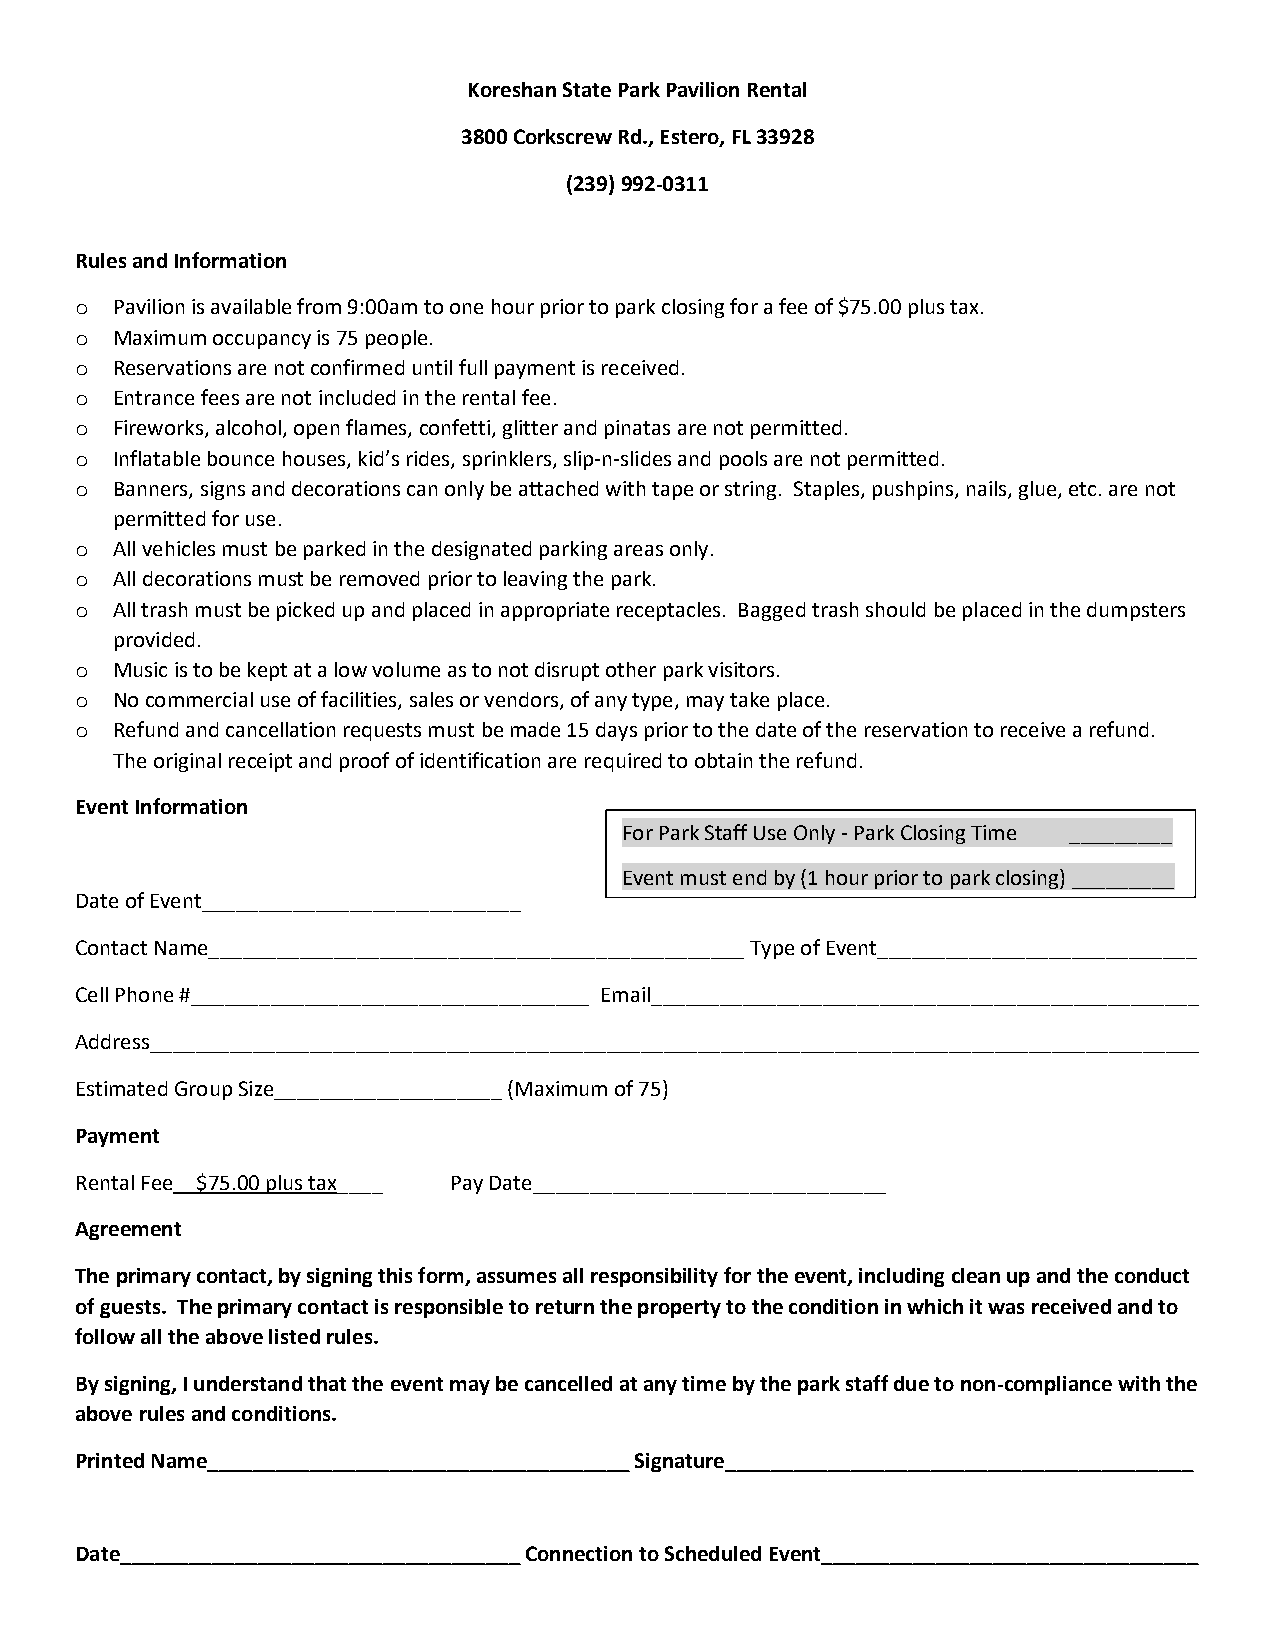
Koreshan State Park Pavilion Rental
 3800 Corkscrew Rd., Estero, FL 33928
 (239) 992-0311
 Rules and Information
 Pavilion is available from 9:00am to one hour prior to park closing for a fee of $75.00 plus tax.
 o
 Maximum occupancy is 75 people.
 o
 Reservations are not confirmed until full payment is received.
 o
 Entrance fees are not included in the rental fee.
 o
 Fireworks, alcohol, open flames, confetti, glitter and pinatas are not permitted.
 o
 Inflatable bounce houses, kid’s rides, sprinklers, slip-n-slides and pools are not permitted.
 o
 Banners, signs and decorations can only be attached with tape or string. Staples, pushpins, nails, glue, etc. are not
 o
 permitted for use.
 All vehicles must be parked in the designated parking areas only.
 o
 All decorations must be removed prior to leaving the park.
 o
 All trash must be picked up and placed in appropriate receptacles. Bagged trash should be placed in the dumpsters
 o
 provided.
 Music is to be kept at a low volume as to not disrupt other park visitors.
 o
 No commercial use of facilities, sales or vendors, of any type, may take place.
 o
 Refund and cancellation requests must be made 15 days prior to the date of the reservation to receive a refund.
 o
 The original receipt and proof of identification are required to obtain the refund.
 Event Information
 For Park Staff Use Only - Park Closing Time _________
 Event must end by (1 hour prior to park closing) _________
 Date of Event____________________________
 Contact Name_______________________________________________ Type of Event____________________________
 Cell Phone #___________________________________ Email________________________________________________
 Address____________________________________________________________________________________________
 Estimated Group Size____________________ (Maximum of 75)
 Payment
 Rental Fee__$75.00 plus tax____ Pay Date_______________________________
 Agreement
 The primary contact, by signing this form, assumes all responsibility for the event, including clean up and the conduct
 of guests. The primary contact is responsible to return the property to the condition in which it was received and to
 follow all the above listed rules.
 By signing, I understand that the event may be cancelled at any time by the park staff due to non-compliance with the
 above rules and conditions.
 Printed Name_____________________________________ Signature_________________________________________
 Date___________________________________ Connection to Scheduled Event_________________________________